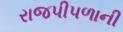
રાજપીપળાની